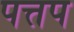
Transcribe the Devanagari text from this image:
पत्तप